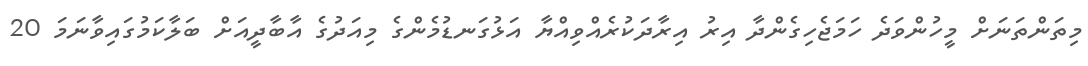
މިތަންތަނަށް މީހުންވަދެ ހަމަޖެހިގެންދާ އިރު އިރާދަކުރެއްވިއްޔާ އަޅުގަނޑުމެންގެ މިއަދުގެ އާބާދީއަށް ބަލާކަމުގައިވާނަމަ 20